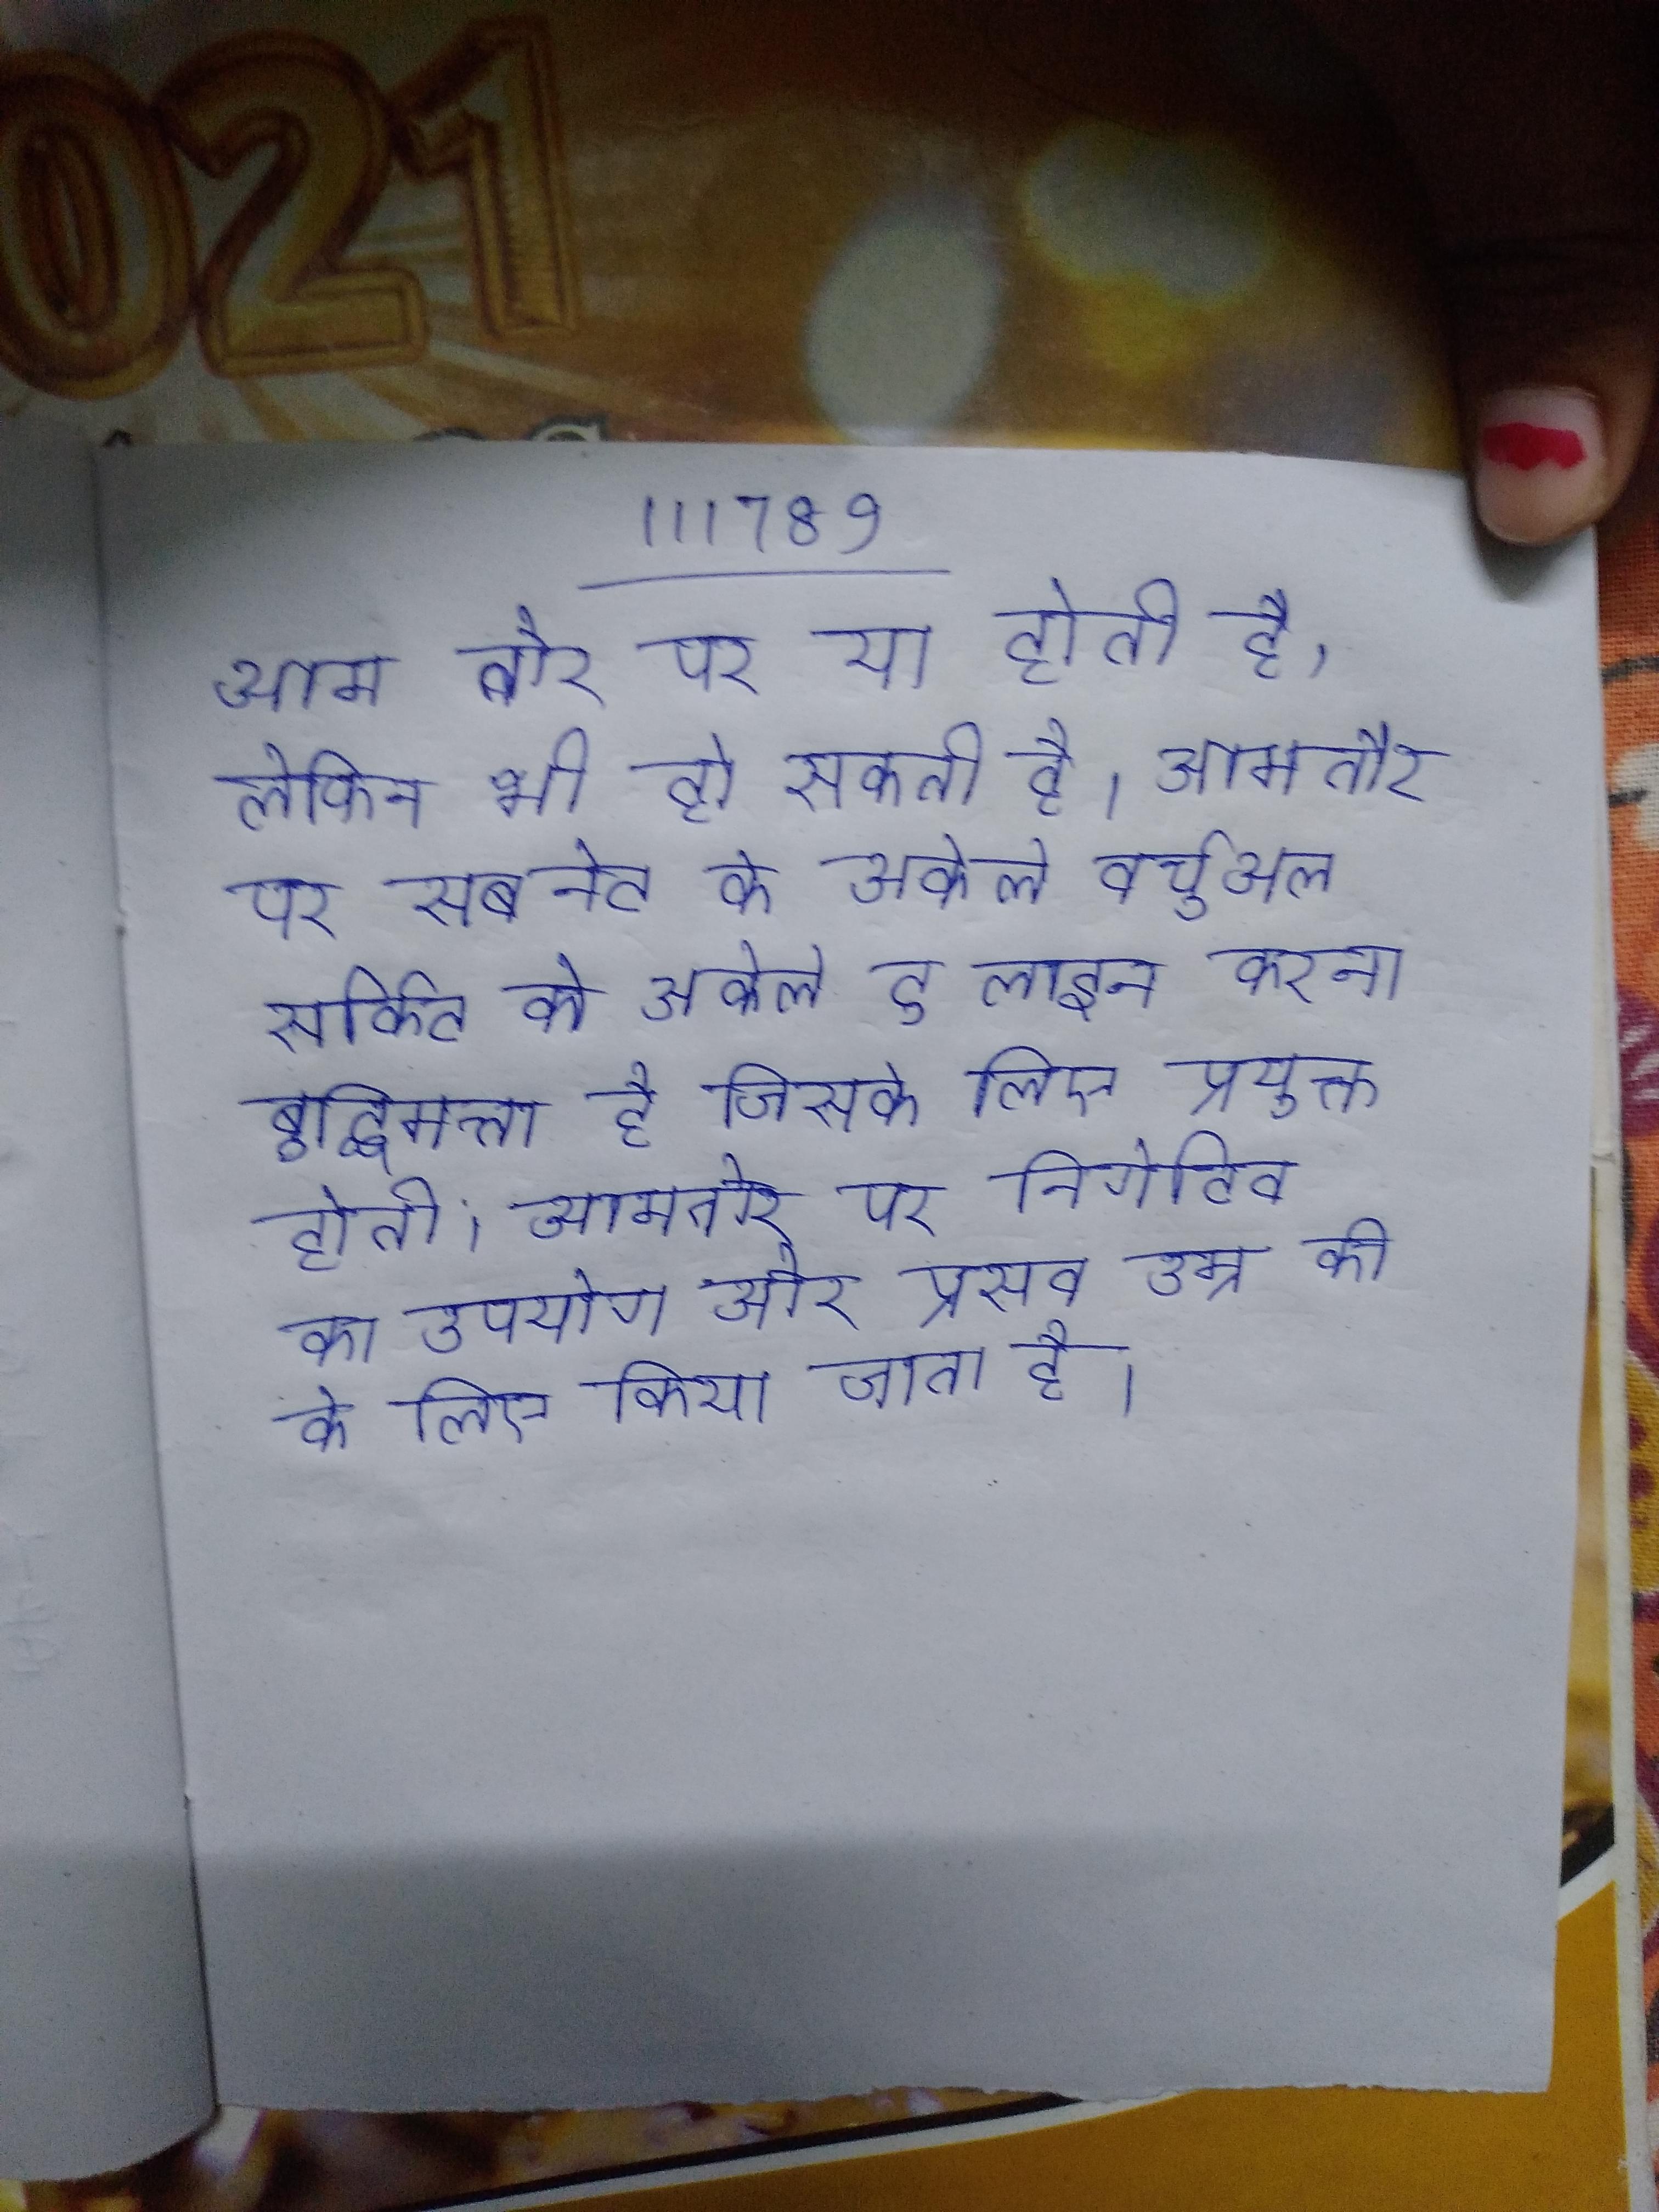
आम तौर पर या होती है, लेकिन भी हो सकती है । आमतौर पर सबनेट के अकेले वर्चुअल सर्किट को अकेले टू लाइन करना बुद्धिमत्ता है जिसके लिए प्रयुक्त होती । आमतौर पर निगेटिव का उपयोग और प्रसव उम्र की के लिए किया जाता है ।